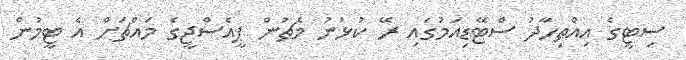
ސިޓީގެ އިއްތިހާދު ސްޓޭޑިއަމުގައި ރޭ ކުޅުނު މެޗުން ޕީއެސްޖީގެ މައްޗަށް އެ ޓީމުން